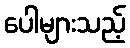
ပေါများသည့်